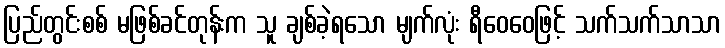
ပြည်တွင်းစစ် မဖြစ်ခင်တုန်းက သူ ချစ်ခဲ့ရသော မျက်လုံး ရီဝေဝေဖြင့် သက်သက်သာသာ